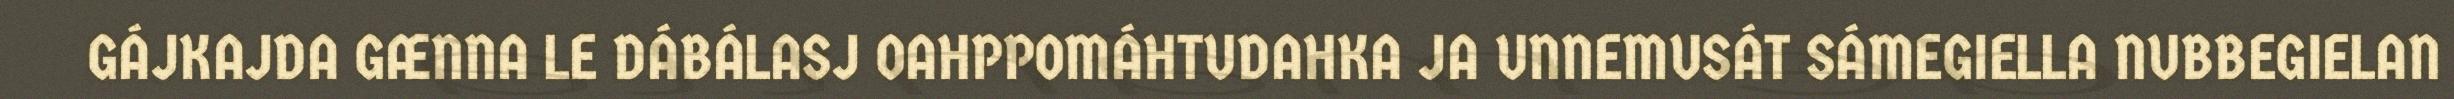
GÁJKAJDA GÆNNA LE DÁBÁLASJ OAHPPOMÁHTUDAHKA JA UNNEMUSÁT SÁMEGIELLA NUBBEGIELAN